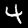
Label: 4